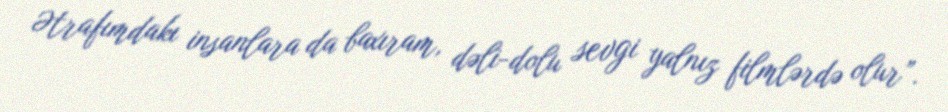
Ətrafımdakı insanlara da baxıram, dəli-dolu sevgi yalnız filmlərdə olur”.